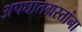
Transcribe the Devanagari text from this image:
अपघातग्रस्तांना